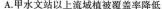
A.甲水文站以上流域植被覆盖率降低